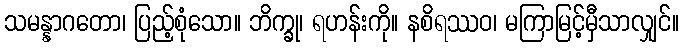
သမန္နာဂတော၊ ပြည့်စုံသော။ ဘိက္ခု၊ ရဟန်းကို။ နစိရဿဝ၊ မကြာမြင့်မှီသာလျှင်။